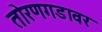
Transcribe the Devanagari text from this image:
तोरणगडावर